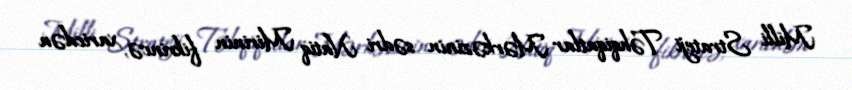
Milli Strateji Təhqiqatlar Mərkəzinin sədri Natiq Mirinin fikrincə, xaricdən